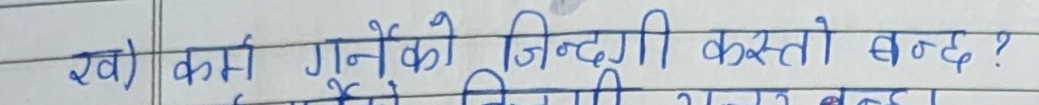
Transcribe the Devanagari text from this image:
ख) कर्म गर्नेको जिन्दगी कस्तो बन्छ ?